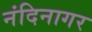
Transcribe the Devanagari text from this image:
नंदिनागर